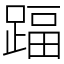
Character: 踾